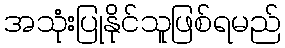
အသုံးပြုနိုင်သူဖြစ်ရမည်